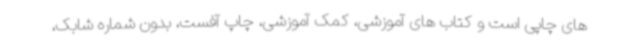
های چاپی است و کتاب های آموزشی، کمک آموزشی، چاپ آفست، بدون شماره شابک،